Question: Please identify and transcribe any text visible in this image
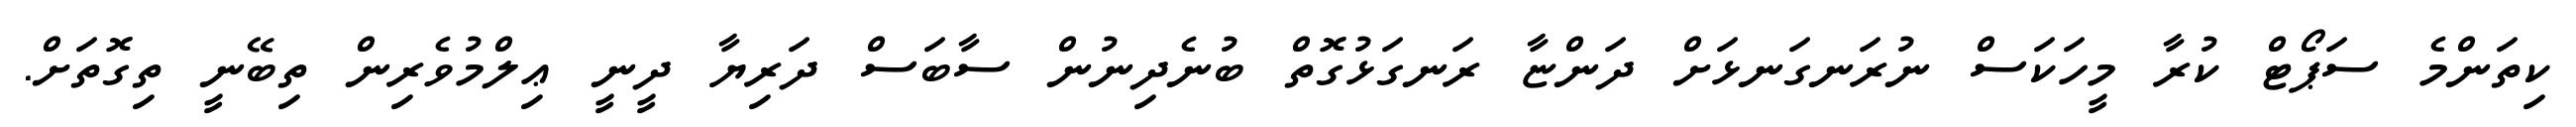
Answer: ކިތަންމެ ސަޕޯޓް ކުރާ މީހަކަސް ނުރަނގަނޅަށް ދަންޏާ ރަނގަޅުގޮތް ބުނެދިނުން ސާބަސް ދަރިޔާ ދީނީ ޢިލްމުވެރިން ތިބޭނީ ތިގޮތަށް.